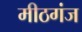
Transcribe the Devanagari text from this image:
मीठगंज